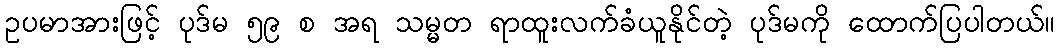
ဥပမာအားဖြင့် ပုဒ်မ ၅၉ စ အရ သမ္မတ ရာထူးလက်ခံယူနိုင်တဲ့ ပုဒ်မကို ထောက်ပြပါတယ်။